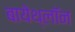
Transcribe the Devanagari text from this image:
बायेथ्लॉन